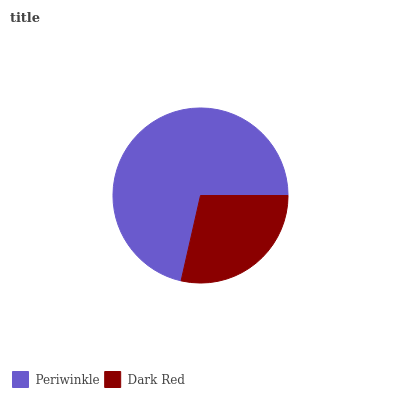
| Periwinkle | Dark Red |
 | --- | --- |
 | 71.5% | 28.5% |